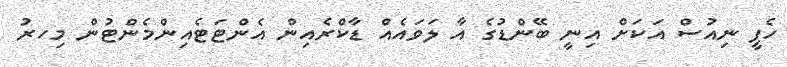
ހެޕީ ނިއުސް އަކަށް އިނީ ބޭންޑުގެ އާ ލަވައެއް ޑާކްރެއިން އެންޓަޓެއިންމެންޓުން މިހރު